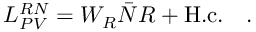
{ \cal L } _ { P V } ^ { R N } = W _ { R } { \bar { N } } R + { \mathrm { H . c . } } \ \ \ .